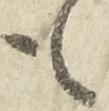
も